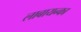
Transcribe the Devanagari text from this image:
लाबायन्का